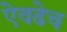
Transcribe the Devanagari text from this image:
ऐवढेच